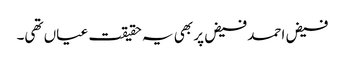
فیض احمد فیض پر بھی یہ حقیقت عیاں تھی۔